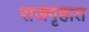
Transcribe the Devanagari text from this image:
राजगृहात